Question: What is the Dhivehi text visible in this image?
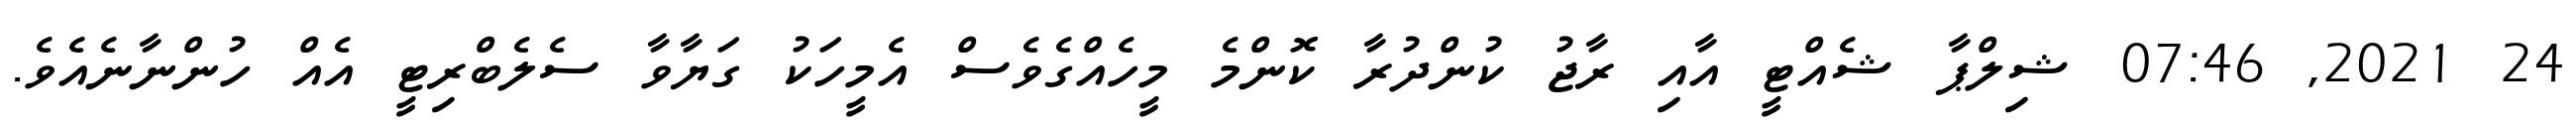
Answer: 24 2021, 07:46 ޝިލްޕާ ޝެއްޓީ އާއި ރާޖު ކުންދުރާ ކޮންމެ މީހެއްގެވެސް އެމީހަކު ގަޔާވާ ސެލެބްރިޓީ އެއް ހުންނާނެއެވެ.